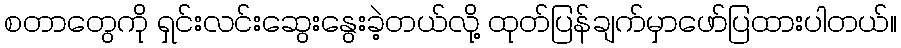
စတာတွေကို ရှင်းလင်းဆွေးနွေးခဲ့တယ်လို့ ထုတ်ပြန်ချက်မှာဖော်ပြထားပါတယ်။